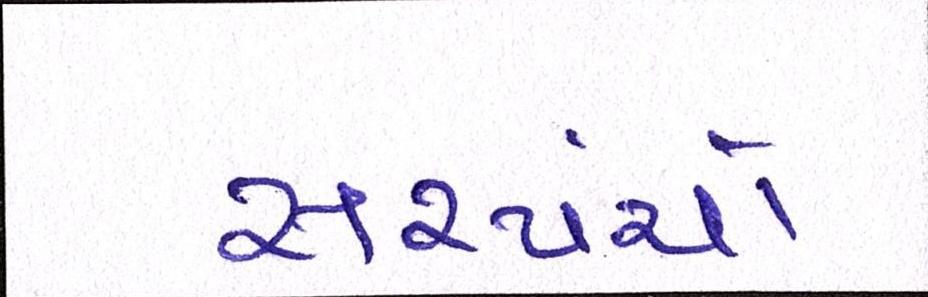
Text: સરપંચો